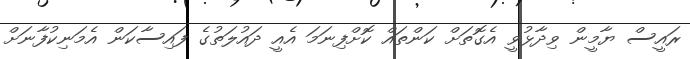
ރައީސް ޔާމީން ވިދާޅުވީ އެގޮތަށް ކަންތައް ކޮށްފިނަމަ އެއީ ދައުލަތުގެ ފައިސާކަން އެމަނިކުފާނަށް